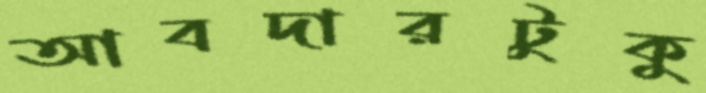
আবদারটুকু